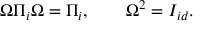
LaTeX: \Omega \Pi _ { i } \Omega = \Pi _ { i } , \qquad \Omega ^ { 2 } = I _ { i d } .